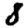
Digit: 8